Vaccination in Bombay 1869-1873 - 1869-1873
Year: 1869
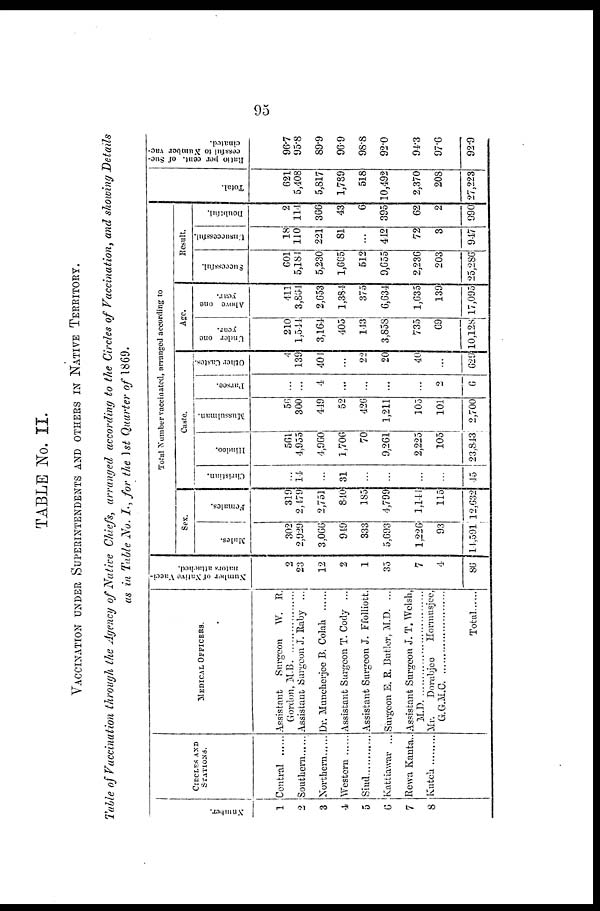
95
TABLE No. II.
VACCINATION UNDER SUPERINTENDENTS AND OTHERS IN NATIVE TERRITORY.
Table of Vaccination through the Agency of Native Chiefs, arranged according to the Circles of Vaccination, and showing Details
as in Table No. I., for the 1st Quarter of 1869.
Number.
1
2
3
4
5
6
7
8
CIRCLES AND
STATIONS.
Central.....
Southern......
Northern
Western
Sind......
Kattiawar ...
Rewa Kanta..
Kutch .........
MEDICAL OFFICERS.
Assistant Surgeon W. R.
Gordon,
M.B.
...............
Assistant Surgeon J. Raby ...
Dr. Muncherjee B. Colah ...
Assistant Surgeon T. Cody ...
Assistant Surgeon J. Ffolliott.
Surgeon E. R. Butler, M.D. ...
Assistant Surgeon J. T. Welsh,
M.D.
........................
Mr.
Dorabjee
Hormusjee,
G.G.M.C..................
Total ......
Number of Native Vacci¬
nators attached.
2
23
12
2
1
35
7
4
86
Total Number vaccinated, arranged according to
Sex.
Males.
302
2,929
3,066
949
333
5,693
1,226
93
11,591
Females.
319
2,179
2,751
840
185
4,799
1,144
115
12,632
Caste.
Christian.
...
14
...
31
...
...
...
...
45
Hindoo.
561
4,955
4,960
1,700
70
9,261
2,225
105
23,843
Mussalman.
56
300
419
52
426
1,211
105
101
2,700
Parsee.
...
...
4
...
...
...
...
2
6
Other Castes.
4
139
401
...
22
20
40
...
629
Age.
Under one
year.
210
1,544
3,164
405
143
3,858
735
69
10,128
Above one
year.
411
3,864
2,653
1,384
375
6,634
1,635
139
17,095
Result.
Successful.
601
5,184
5,230
1,665
512
9,655
2,236
203
25,286
Unsuccessful.
18
110
221
81
...
442
72
3
947
Doubtful.
2
114
366
43
6
395
62
2
990
Total.
621
5,408
5,817
1,789
518
10,492
2,370
208
27,223
Ratio per cent. of Suc-
cessful to Number vac-
cinated.
96.7
95.8
89.9
96.9
98.8
92.0
94.3
97.6
92.9